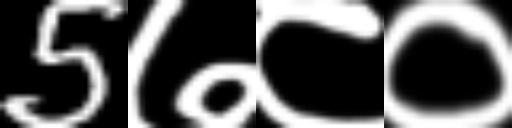
Text: 5७८०